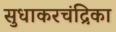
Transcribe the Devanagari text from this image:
सुधाकरचंद्रिका